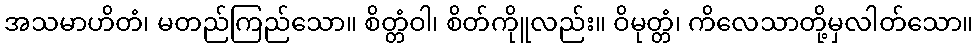
အသမာဟိတံ၊ မတည်ကြည်သော။ စိတ္တံဝါ၊ စိတ်ကိုူလည်း။ ဝိမုတ္တံ၊ ကိလေသာတို့မှလါတ်သော။